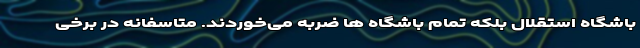
باشگاه استقلال بلکه تمام باشگاه ها ضربه می‌خوردند. متاسفانه در برخی